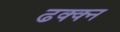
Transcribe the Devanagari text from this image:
ढक्क्न